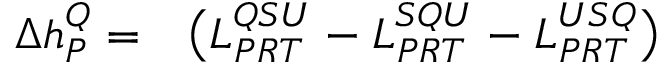
\begin{array} { r l } { \Delta h _ { P } ^ { Q } = } & { { } \big ( L _ { P R T } ^ { Q S U } - L _ { P R T } ^ { S Q U } - L _ { P R T } ^ { U S Q } \big ) } \end{array}